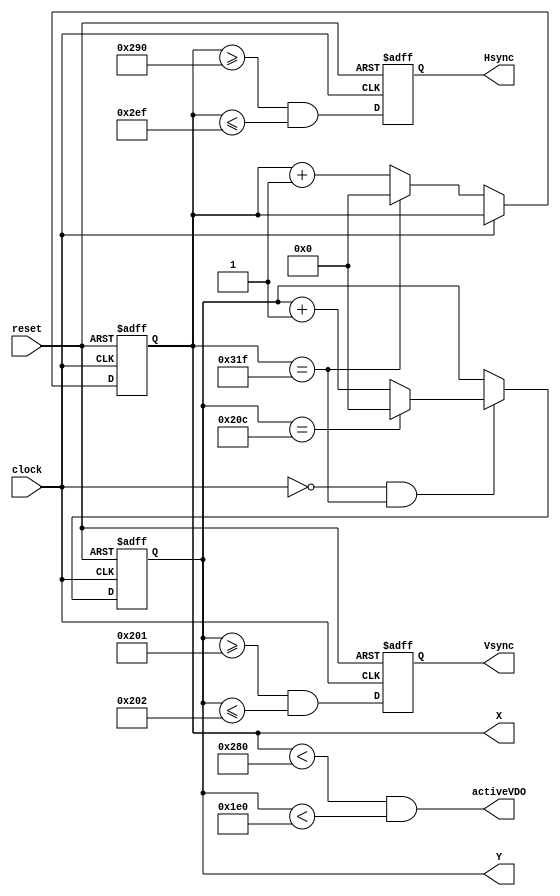
module VGAController

	(
		input  wire clock, reset,
		output wire Hsync, Vsync, activeVDO,
		output wire [9:0] X, Y
	);
	
	// constant declarations for VGA sync parameters
	parameter H_DISPLAY       = 640; 
	parameter H_BACK          =  48; 
	parameter H_FRONT         =  16;
	parameter H_PULSE         =  96;
	parameter H_MAX           = H_DISPLAY + H_BACK + H_FRONT + H_PULSE - 1;
	parameter START_H_PULSE   = H_DISPLAY + H_FRONT;
	parameter END_H_PULSE     = H_DISPLAY + H_FRONT + H_PULSE - 1;
	
	parameter V_DISPLAY       = 480;
	parameter V_FRONT         =  10; 
	parameter V_BACK          =  33; 
	parameter V_PULSE         =   2;
	parameter V_MAX           = V_DISPLAY + V_FRONT + V_BACK + V_PULSE - 1;
    parameter START_V_PULSE   = V_DISPLAY + V_BACK;
	parameter END_V_PULSE     = V_DISPLAY + V_BACK + V_PULSE - 1;
	
	// registers to keep track of current pixel location
	reg [9:0] h_count_reg,h_count_next,v_count_reg ,v_count_next;
    reg vsync_reg, hsync_reg;
    wire vsync_next, hsync_next;
    
	initial begin
        v_count_reg <= 0;
        h_count_reg <= 0;
        vsync_reg   <= 0;
        hsync_reg   <= 0;
	end
 
	always @(posedge clock, posedge reset)
		if(reset)
		    begin
                    v_count_reg <= 0;
                    h_count_reg <= 0;
                    vsync_reg   <= 0;
                    hsync_reg   <= 0;
		    end
		else
		    begin
                    v_count_reg <= v_count_next;
                    h_count_reg <= h_count_next;
                    vsync_reg   <= vsync_next;
                    hsync_reg   <= hsync_next;
		    end
			
	always @ * begin
		h_count_next = (clock == 0) ? 
		               h_count_reg == H_MAX ? 0 : h_count_reg + 1
			         : h_count_reg;
		
		v_count_next = (clock == 0) && h_count_reg == H_MAX ? 
		               (v_count_reg == V_MAX ? 0 : v_count_reg + 1) 
			       : v_count_reg;
    end
		
    assign hsync_next = h_count_reg >= START_H_PULSE  && h_count_reg <= END_H_PULSE;
    assign vsync_next = v_count_reg >= START_V_PULSE  && v_count_reg <= END_V_PULSE;
    assign activeVDO  = (h_count_reg < H_DISPLAY) && (v_count_reg < V_DISPLAY);
    assign Hsync      = hsync_reg;
    assign Vsync      = vsync_reg;
    assign X          = h_count_reg;
    assign Y          = v_count_reg;
 
 
endmodule